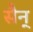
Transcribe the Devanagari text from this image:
सैन्